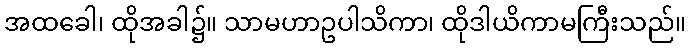
အထခေါ၊ ထိုအခါ၌။ သာမဟာဥပါသိကာ၊ ထိုဒါယိကာမကြီးသည်။